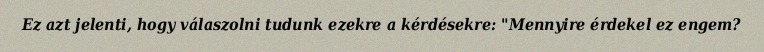
Ez azt jelenti, hogy válaszolni tudunk ezekre a kérdésekre: "Mennyire érdekel ez engem?